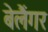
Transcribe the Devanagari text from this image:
बेलैंगर